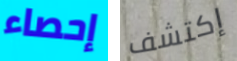
إحصاء إكتشف